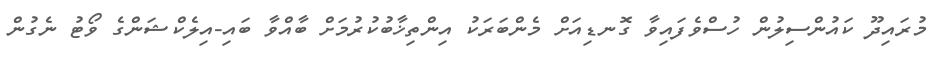
މުރައިދޫ ކައުންސިލުން ހުސްވެފައިވާ ގޮނޑިއަށް މެންބަރަކު އިންތިޚާބުކުރުމަށް ބާއްވާ ބައި-އިލެކްޝަންގެ ވޯޓު ނެގުން